King Institute of Preventive Medicine Bacteriolog. Section reports 1907-08
Year: 1907
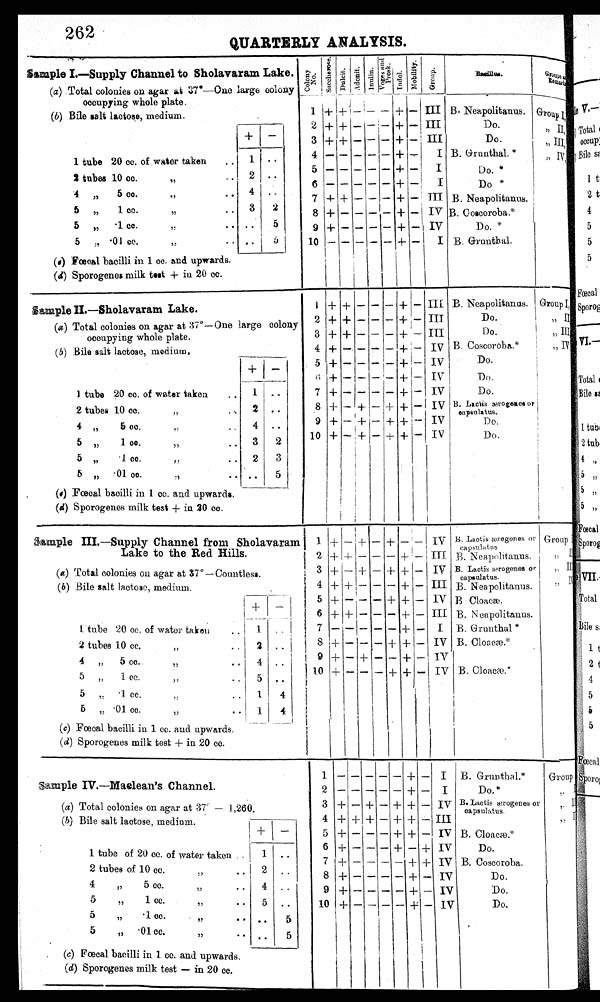
262
QUARTERLY ANALYSIS.
,
Sample I.—Supply Channel to Sholavaram Lake.
(a) Total colonies on agar at 37°—One large colony
occupying whole plate
(b) Bile salt lactose, medium.
1 t ube of 20 cc. of wat er t aken . . 1 . .
2 t ube of 10 cc. , ,
. . 2 . .
4 , , 5 cc. , ,
. . 4 . .
5 , , 1cc. , ,
. . 3 2
3 , , •1 cc. , ,
. . . . 5
5 , , •01 cc. , ,
. . . . 5
(c)Fœcal bacilli in 1 cc. and. upwards.
(d) Sporogenes milk test + in 20 cc.
c o l o n y
No .
s a c h e r o s e .
D u l c i t . Adoni t . I n u l i n .
V o g e s a n d p r o s k .
I ndol . M o b i l i t y .
Gr oup.
B a c i l l u s .
Groups
— — — — — — — — —
— — — — — — — — — —
1
2
3 4 5 6 7 8 9 1 0
+
+
+
— — —
+
+
+
—
+
+
+
— — —
+
— —
—
— — — — — — — — —
—
— — — — — — — — —
—
+ + + + + + + + + +
III
III
III
I
I
I
III
IV
IV
I
B. Neapolitanus.
Do.
Do.
B. Grunthal. *
Do.
Do
B. Neapolitanus.
B. Cobcoroba."
Do . *
B. Grunthal.
Group I
II I I I
I V
Sample IL—Sholavaram Lake.
(a) Total colonies on agar at 37°—One large colony
occupying whole plate.
(b) Bile salt lactose, medium,
+
-
1 tube of 20 cc. of water taken .. 1 ..
2 tube of 10 cc. ,,
.. 2 ..
4 ,, 5 cc. ,,
.. 4 ..
5 ,, 1cc. ,,
.. 3 2
3 ,, •1 cc. ,,
.. 2 3
5 , , •01 cc. , ,
. . . . 5
(c) Foecal bacilli in 1 cc. and upwards.
(d) Sporogenes milk test + in 20 cc.
I
2
3
4
5
6
7
8
9
10
+ + + + + + + + + +
+ + + — — — — — —
—
— — — — — — — + + +
— — — — — — — — —
—
—
—
— 1+
—
—
+
+
+
+ + + + + + + + + +
— — — — — — — — —
—
III
III
III
IV
IV
IV
IV
IV
IV
IV
B. Neapolitanus.
Do.
1)o.
B. Coscoroba.*
Do.
Do.
Do.
B. Lactis ærogenes or
oapsnlatus.
Do.
Do.
Group I
II
III.—Supply Channel from Sholavaram
Lake to the Red Hills.
(a) Total colonies on agar at 37° —Countless.
(6) Bile salt lactose, medium.
+ -
1 tube of 20 cc. of water taken
..
1 ..
2 tube of 10 cc.
,,
..
2 ..
4 ,,
5 cc.
,,
.. 4 ..
5 ,,
1cc.
,,
..
5 ..
3 ,,
•1 cc. ,,
.. 1 4
5 ,, •01 cc. ,,
.. 1 4
(c) Fœcal bacilli in 1 cc. and 'upwards.
(d) Sporogenes milk test + in 20 cc.
1
2
3
4
5
6
7
8
9
10
+ + + + + + — + + +
— + — + — + — — —
—
+ — + — — — — — +
—
— — — — — — — — —
—
+ — + — + — — + — + — + + + + + + + + +
_ _ _
— — — — — — — — —
—
Iv
Iv
III
IV
III
I
IV
IV
ITV
B. Lactis ærogenes or
capsulates
B. Neapolitanus.
B. Lactic ærogenes or
capsulatus.
B. Neapolitanus,
B Cloaca.
B. Neapolitanus.
B. Grunthal *
B. Cloacæ.*
B. Cloacæ.*
Group 1 , ,
I I I
Sample IV.—Maclean's Channel.
(a) Total colonies on agar at 37° — 1,260
(b) Bile salt lactose, medium.
+ -
1 tube of 20 cc. of water taken .. 1 ..
2 tube of 10 cc. ,,
.. 2 ..
4 ,, 5 cc. ,,
.. 4 ..
5 ,, 1cc. ,,
.. 5 ..
3 , , •1 cc. , ,
. . . . 5
5 ,, •01 cc. ,,
.. .. 5
(c) Foecal bacilli in 1 cc. and upwards.
(d) Sporogenes milk test — in 20 cc.
1 2
3
4
5
6
7
8
g
10
— — + + + + + + + + — — — + — — — — —
—
— — + + — — — — —
—
— — — — — — — — —
—
— — + + + + — — —
—
+
+
+
+
+
—
+
+
+
+
— — — — — + + — —
—
I
I
Iv
III
IV
IV
IV
IV
IV
IV
B. Grunthal.*
D o . *
B. Lactis ærogenes or
capsulatus.
B. Cloacæ.*
Do.
B, Coscoroba.
Do.
Do.
Do.
Group
II